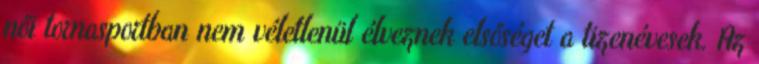
női tornasportban nem véletlenül élveznek elsőséget a tizenévesek. Az